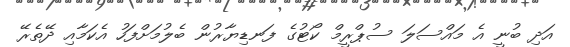
އަދި ބުނީ އެ މައްސަލަ ސުޕްރީމް ކޯޓުގެ ފަނޑިޔާރުން ބެލުމަށްފަހު އެކަމާއި ދޭތެރޭ